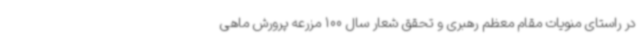
در راستای منویات مقام معظم رهبری و تحقق شعار سال 100 مزرعه پرورش ماهی